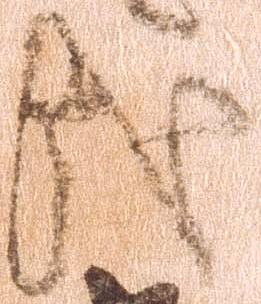
哉